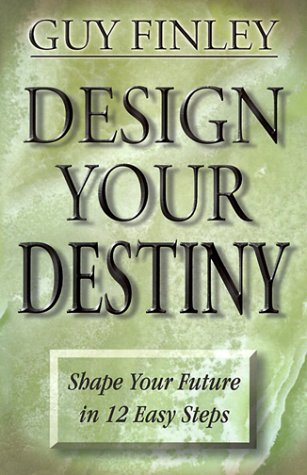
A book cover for Design Your Destiny: Shape Your Future in 12 Easy Steps; Guy Finley; Self-Help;